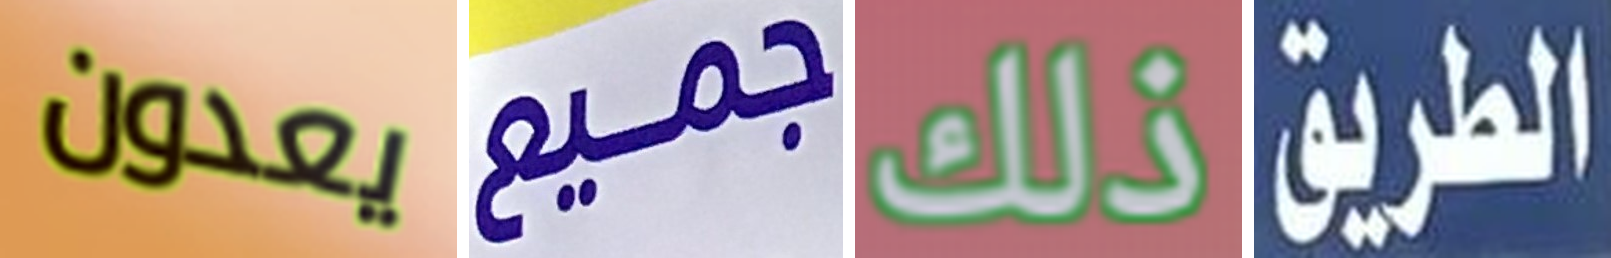
يعدون جميع ذلك الطريق